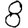
Digit: 8